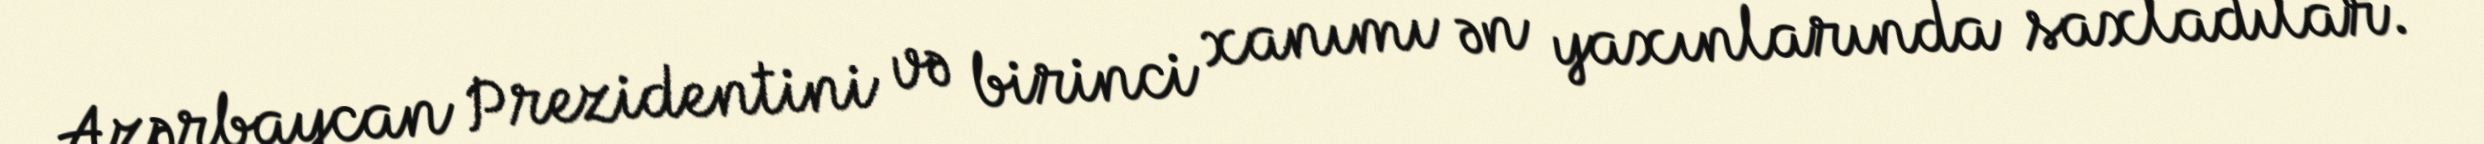
Azərbaycan Prezidentini və birinci xanımı ən yaxınlarında saxladılar.